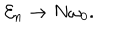
{ \cal E } _ { n } \rightarrow N \omega _ { 0 } .